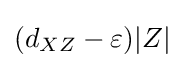
(d_{XZ}-\varepsilon )|Z|